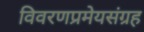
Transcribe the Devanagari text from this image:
विवरणप्रमेयसंग्रह